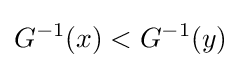
G^{-1}(x)<G^{-1}(y)